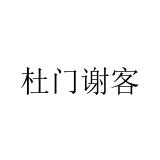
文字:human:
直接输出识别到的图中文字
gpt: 杜门谢客